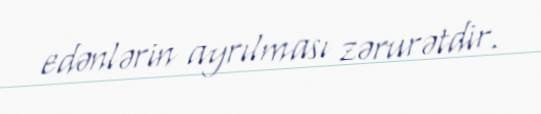
edənlərin ayrılması zərurətdir.